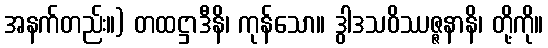
အနက်တည်း။) တထဋ္ဌာဒီနိ၊ ကုန်သော။ ဒွါဒသဝိဿဇ္ဇနာနိ၊ တို့ကို။